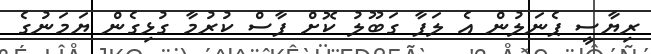
ރިޔާސީ ޕެނަލުން އެ ލަފާ ގަބޫލު ކޮށް ފާސް ކުރުމާ ގުޅިގެން ޔަމަނުގެ